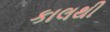
કાલથી